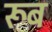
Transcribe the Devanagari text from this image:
रूब